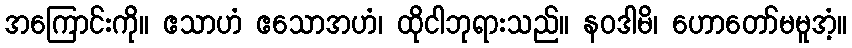
အကြောင်းကို။ ဧသာဟံ ဧသောအဟံ၊ ထိုငါဘုရားသည်။ နဝဒါမိ၊ ဟောတော်မမူအံ့။